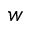
w